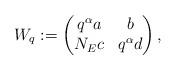
LaTeX: \begin{align*}W_q:=\left(\begin{matrix} q^{\alpha} a&b\\N_E c & q^{\alpha}d\end{matrix}\right),\end{align*}